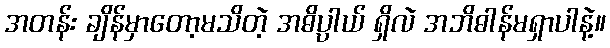
အတန်း ချိန်မှာတော့မသိတဲ့ အဓိပ္ပါယ် ရှိလဲ အဘိဓါန်မရှာပါနဲ့။